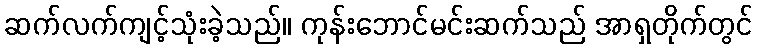
ဆက်လက်ကျင့်သုံးခဲ့သည်။ ကုန်းဘောင်မင်းဆက်သည် အာရှတိုက်တွင်